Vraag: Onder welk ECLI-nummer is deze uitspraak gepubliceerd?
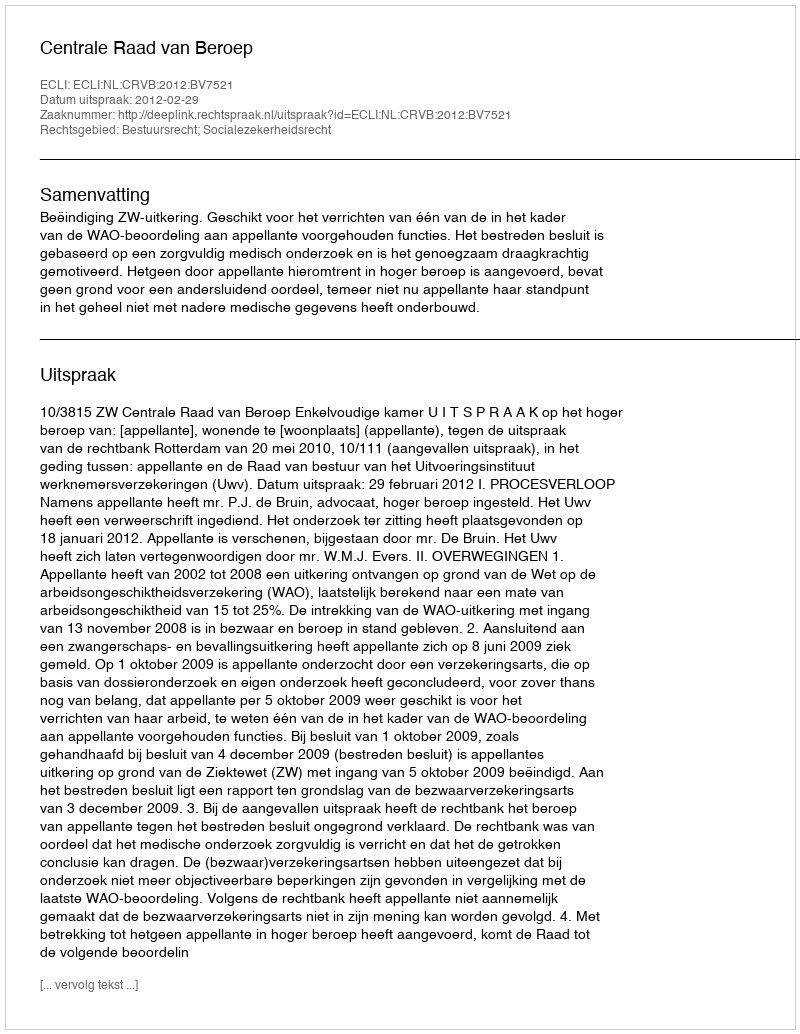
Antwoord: ECLI:NL:CRVB:2012:BV7521